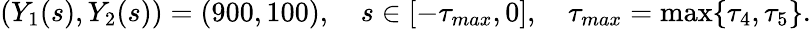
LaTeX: \left(Y_{1}(s),Y_{2}(s)\right)=(900,100),\quad s\in[-\tau_{max},0],\quad\tau_{max}=\operatorname*{max}\{ \tau_{4},\tau_{5}\} .